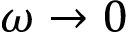
\omega \to 0